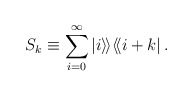
\begin{align*}S_k\equiv \sum_{i=0}^{\infty} |i\rangle\!\rangle \langle\!\langle i+k |\,.\end{align*}